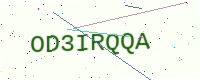
Text: OD3IRQQA